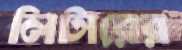
লিটারের